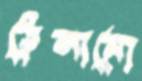
ঠেসানো